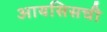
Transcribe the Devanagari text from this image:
आयसिसची